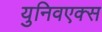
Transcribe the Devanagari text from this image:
युनिवएक्स